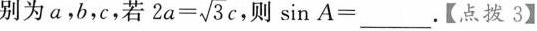
别为a，b，c，若 $$2 a = \sqrt { 3 }$$ ，则$$\sin A = ___$$ 。【点拨3】